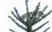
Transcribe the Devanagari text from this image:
अब्दुलक़ादिर